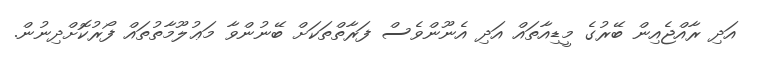
އަދި ރާއްޖެއިން ބޭރުގެ މީޑިއާތައް އަދި އެނޫންވެސް ފަރާތްތަކަށް ބޭނުންވާ މަޢުލޫމާތުތައް ފޯރުކޮށްދިނުން.